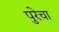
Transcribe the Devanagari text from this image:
पुरेचा